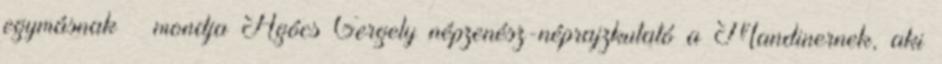
egymásnak – mondja Agócs Gergely népzenész-néprajzkutató a Mandinernek, aki